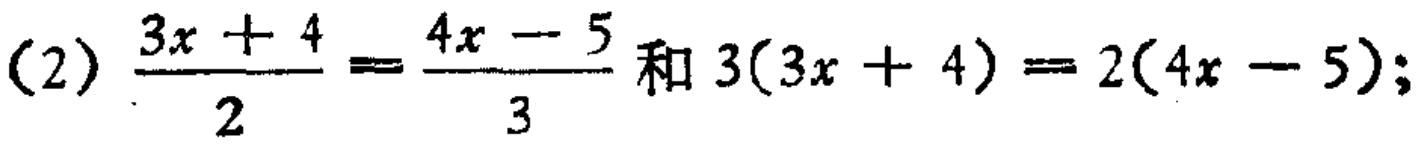
\(\frac{3x + 4}{2}=\frac{4x - 5}{3}\)和\(3(3x + 4)=2(4x - 5)\);